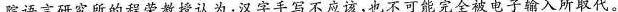
院语言研究所的程荣教授认为：汉字手写不应该，也不可能完全被电子输入所取代。